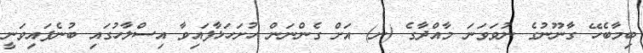
ބިމާބެހޭ ގާނޫނުގެ ނުވަވަނަ މާއްދާގެ (ނ) އަށް ގެންނަން ހުށަހަޅާފައިވާ އިސްލާހުގައި ބުނެފައިވަނީ